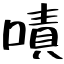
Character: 嘖